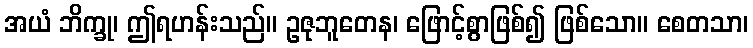
အယံ ဘိက္ခု၊ ဤရဟန်းသည်။ ဥဇုဘူတေန၊ ဖြောင့်စွာဖြစ်၍ ဖြစ်သော။ စေတသာ၊